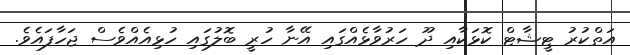
އަތްކުރު ޓީޝާޓް ކޮޅަކާއި ދޫ ހަރުވާޅެއްގައި އޭނާ ހުރީ ބޮލުގައި ހުޅިއެއްވެސް ޖަހާފައެވެ.